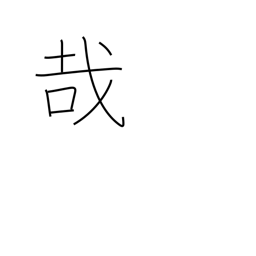
Meaning: exclamation mark